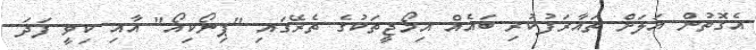
އެގޮތުން އަލަށް ތައާރަފުކުރި ބައެއް އިމޯޖީތަކުގެ ތެރޭގައި "ޕިނޯކިއޯ" އާއި ކިވީ ފަދަ